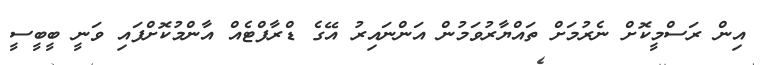
އިން ރަސްމީކޮށް ނެރުމަށް ތައްޔާރުވަމުން އަންނައިރު އޭގެ ޑްރާފްޓެއް އާންމުކޮށްފައި ވަނީ ބީބީސީ